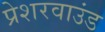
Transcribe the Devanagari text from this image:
प्रेशरवाउंड